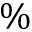
\%